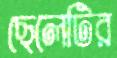
ছেলেটির